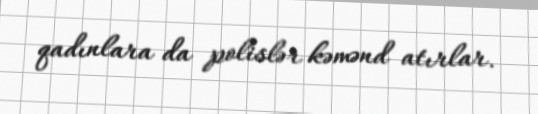
qadınlara da polislər kəmənd atırlar.